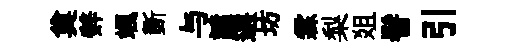
奠辤颯斵与譴選坊霖梨爼髻引